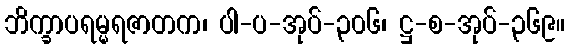
ဘိက္ခာပရမ္မရဇာတက၊ ပါ-ပ-အုပ်-၃၀၆၊ ဋ္ဌ-စ-အုပ်-၃၆၉။